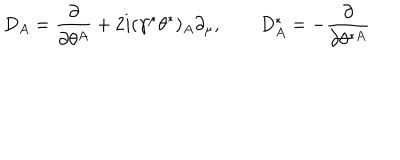
{ D _ { A } = { \frac { \partial } { \partial \theta ^ { A } } } + 2 i ( \gamma ^ { \mu } \theta ^ { * } ) _ { A } \partial _ { \mu } , \qquad D _ { A } ^ { * } = - { \frac { \partial } { \partial \theta ^ { * A } } } }